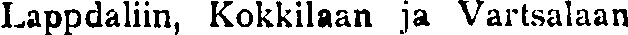
Lappdaliin, Kokkilaan ja Vartsalaan